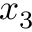
x _ { 3 }